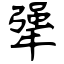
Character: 犟